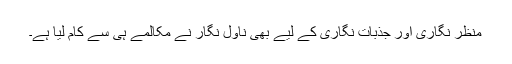
منظر نگاری اور جذبات نگاری کے لیے بھی ناول نگار نے مکالمے ہی سے کام لیا ہے۔